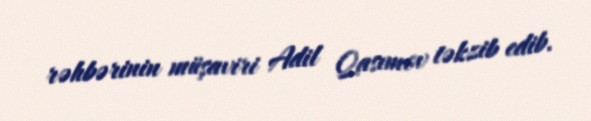
rəhbərinin müşaviri Adil Qasımov təkzib edib.